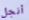
أنجل